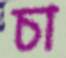
চা